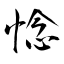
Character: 惗